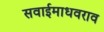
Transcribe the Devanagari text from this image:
सवाईमाधवराव